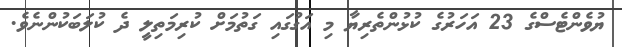
ޔުވެންޓެސްގެ 23 އަހަރުގެ ކުޅުންތެރިޔާ މި އަގުގައި ގަތުމަށް ކުރިމަތިލީ ދެ ކުލަބަކުންނެވެ.